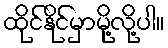
ထိုင်နိုင်မှာမို့လို့ပါ။